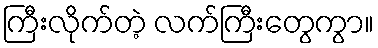
ကြီးလိုက်တဲ့ လက်ကြီးတွေကွာ။